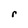
Character: r